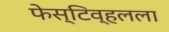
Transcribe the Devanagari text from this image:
फेस्टिव्हलला